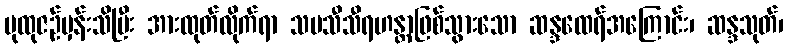
ပုထုဇဉ်မှန်းသိပြီး အားထုတ်လိုက်ရာ သမသီသီရဟန္တာဖြစ်သွားသော ဆန္ဒထေရ်အကြောင်း၊ ဆန္ဒသုတ်၊